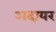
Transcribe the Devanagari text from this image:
अदायर